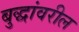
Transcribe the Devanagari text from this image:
बुद्धांवरील